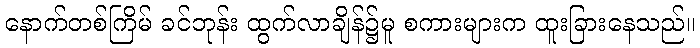
နောက်တစ်ကြိမ် ခင်ဘုန်း ထွက်လာချိန်၌မူ စကားများက ထူးခြားနေသည်။